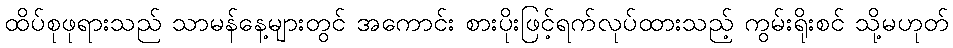
ထိပ်စုဖုရားသည် သာမန်နေ့များတွင် အကောင်း စားပိုးဖြင့်ရက်လုပ်ထားသည့် ကွမ်းရိုးစင် သို့မဟုတ်